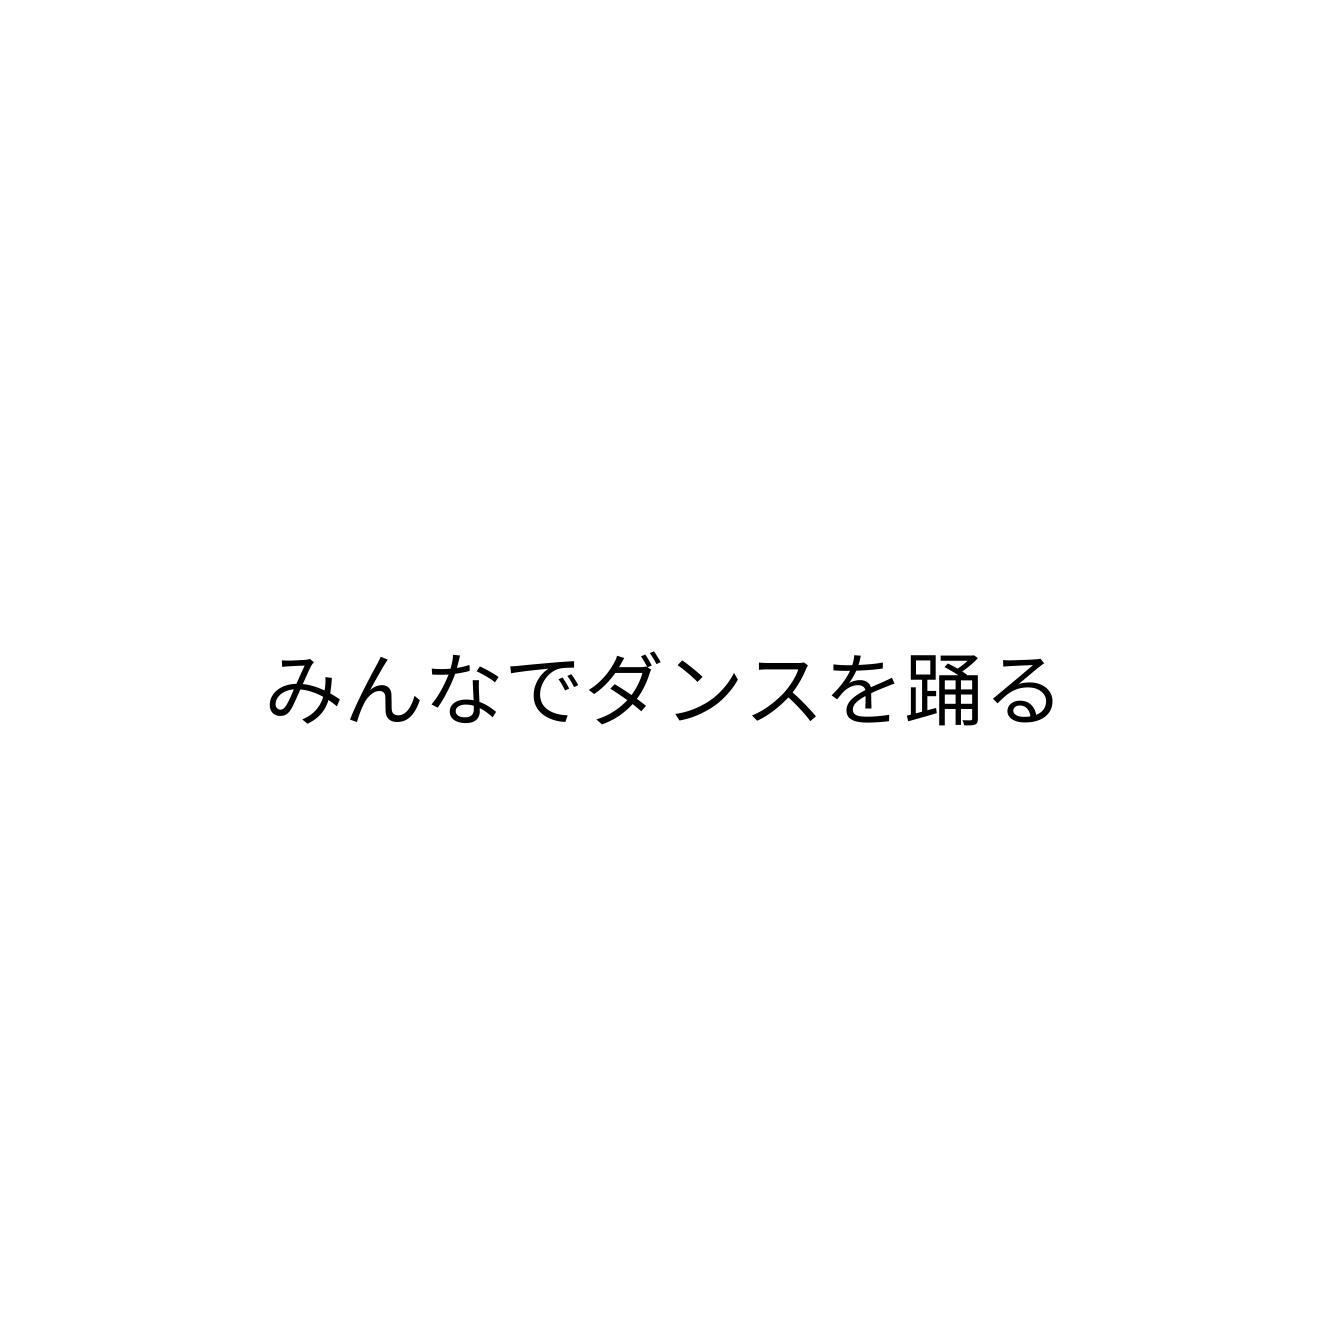
みんなでダンスを踊る